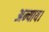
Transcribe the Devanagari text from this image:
अन्याय।